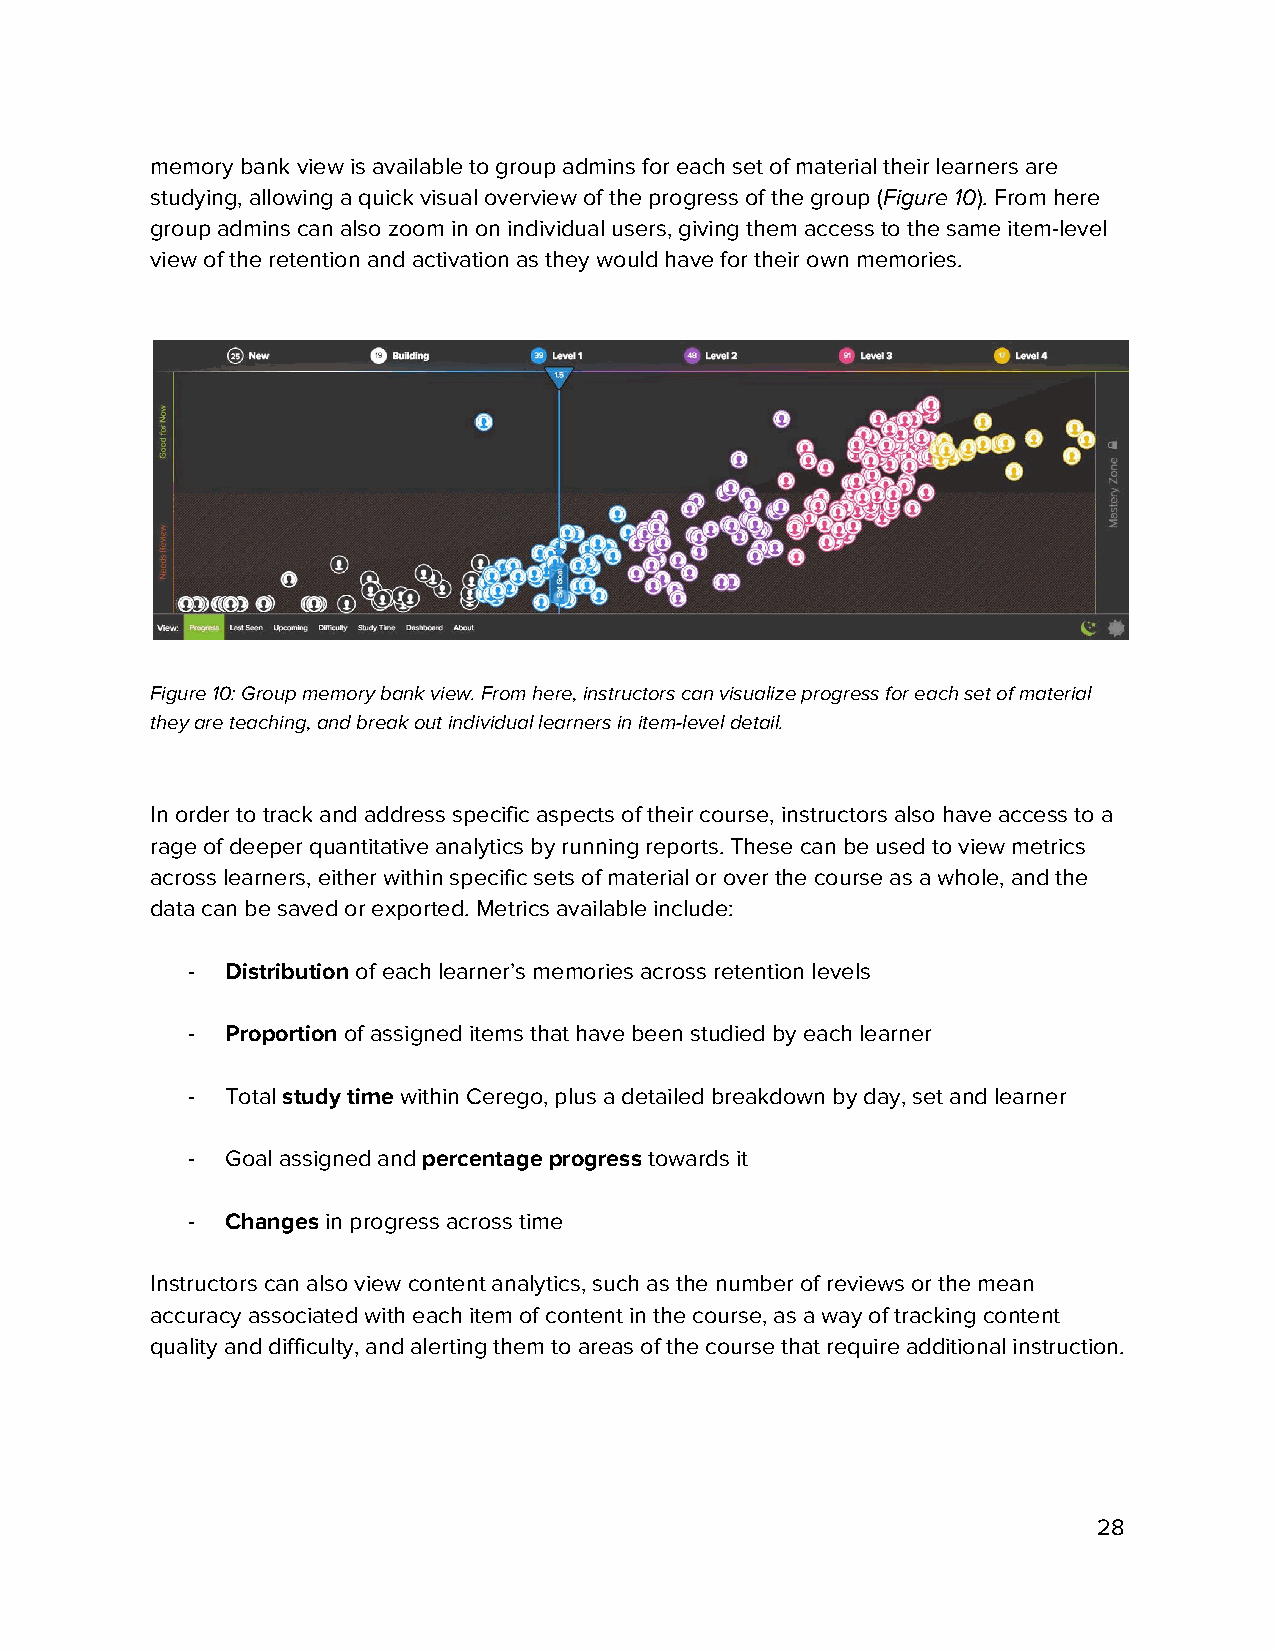
memory bank view is available to group admins for each set of material their learners are
 studying, allowing a quick visual overview of the progress of the group (Figure 10). From here
 ​     ​
 group admins can also zoom in on individual users, giving them access to the same item-level
 view of the retention and activation as they would have for their own memories.
 Figure 10: Group memory bank view. From here, instructors can visualize progress for each set of material
 they are teaching, and break out individual learners in item-level detail.
 In order to track and address specific aspects of their course, instructors also have access to a
 rage of deeper quantitative analytics by running reports. These can be used to view metrics
 across learners, either within specific sets of material or over the course as a whole, and the
 data can be saved or exported. Metrics available include:
 -  Distribution of each learner’s memories across retention levels
 ​
 -  Proportion of assigned items that have been studied by each learner
 ​
 -  Total study time within Cerego, plus a detailed breakdown by day, set and learner
 ​      ​
 -  Goal assigned and percentage progress towards it
 ​             ​
 -  Changes in progress across time
 ​
 Instructors can also view content analytics, such as the number of reviews or the mean
 accuracy associated with each item of content in the course, as a way of tracking content
 quality and difficulty, and alerting them to areas of the course that require additional instruction.
 28